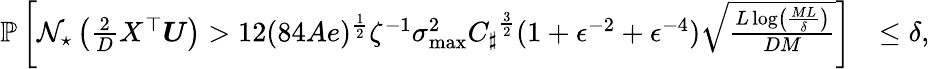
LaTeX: \begin{array}{rl}{\mathbb P\left[{\mathcal N}_{\star}\left(\frac 2DX^{\top}\boldsymbol{U}\right)>{12(84Ae)^{\frac 12}\zeta^{-1}\sigma_{\operatorname*{max}}^{2}}{C_{\sharp}}^{\frac 32}(1+\epsilon^{-2}+\epsilon^{-4})\sqrt{\frac{L\log\left(\frac{ML}\delta\right)}{DM}}\right]}&{\leq\delta,}\end{array}